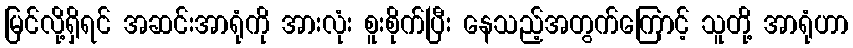
မြင်လို့ရှိရင် အဆင်းအာရုံကို အားလုံး စူးစိုက်ပြီး နေသည့်အတွက်ကြောင့် သူတို့ အာရုံဟာ